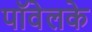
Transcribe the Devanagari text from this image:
पॉवेलके